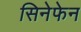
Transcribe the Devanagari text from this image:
सिनेफेन